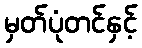
မှတ်ပုံတင်နှင့်